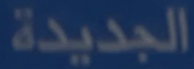
الجديدة